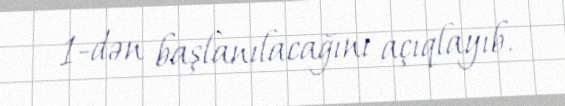
1-dən başlanılacağını açıqlayıb.